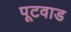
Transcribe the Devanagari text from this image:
पूटवाड